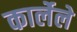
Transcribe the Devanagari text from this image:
कार्लेले